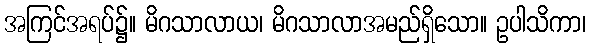
အကြင်အရပ်၌။ မိဂသာလာယ၊ မိဂသာလာအမည်ရှိသော။ ဥပါသိကာ၊